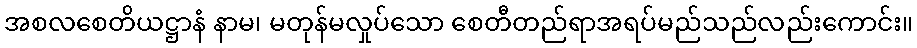
အစလစေတိယဋ္ဌာနံ နာမ၊ မတုန်မလှုပ်သော စေတီတည်ရာအရပ်မည်သည်လည်းကောင်း။